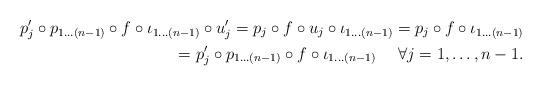
LaTeX: \begin{align*} p'_{j}\circ p_{1 \ldots (n-1)}\circ f\circ \iota_{1 \ldots (n-1)}\circ u'_{j} =p_{j}\circ f\circ u_{j}\circ \iota_{1 \ldots (n-1)}=p_{j}\circ f\circ \iota_{1 \ldots (n-1)}\\=p'_{j}\circ p_{1 \ldots (n-1)}\circ f\circ \iota_{1 \ldots (n-1)}~~~~\forall j=1,\ldots,n-1.\end{align*}